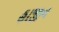
હાજીન